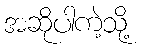
အဆိုပါကဲ့သို့